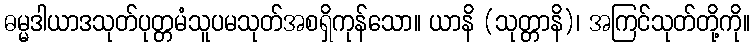
ဓမ္မဒါယာဒသုတ်ပုတ္တမံသူပမသုတ်အစရှိကုန်သော။ ယာနိ (သုတ္တာနိ)၊ အကြင်သုတ်တို့ကို။